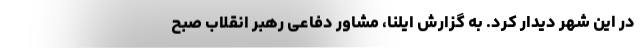
در این شهر دیدار کرد. به گزارش ایلنا، مشاور دفاعی رهبر انقلاب صبح